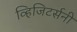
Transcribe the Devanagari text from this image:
व्हिजिटर्सनी